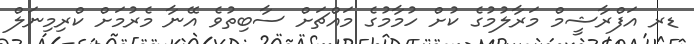
ޑރ އަފްރާޝީމް މަރާލުމުގެ ކުށް ހުމާމުގެ މައްޗަށް ސާބިތުވެ އޭނާ މެރުމަށް ކްރިމިނަލް